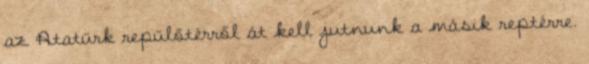
az Atatürk repülőtérről át kell jutnunk a másik reptérre.